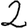
Digit: 2